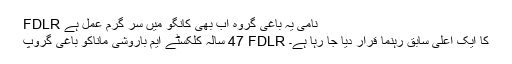
FDLR نامی یہ باغی گروہ اب بھی کانگو میں سر گرم عمل ہے
47 سالہ کلکسٹے ایم بارُوشی ماناکو باغی گروپ FDLR کا ایک اعلٰی سابق رہنما قرار دیا جا رہا ہے۔